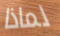
لماذا